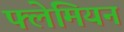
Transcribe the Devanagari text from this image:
फ्लेमियन